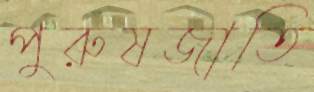
পুরুষজাতি